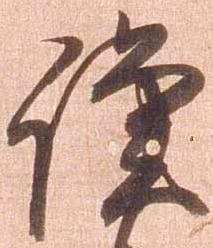
謹